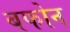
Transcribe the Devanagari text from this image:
बफोन